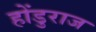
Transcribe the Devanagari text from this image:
होंडुराज